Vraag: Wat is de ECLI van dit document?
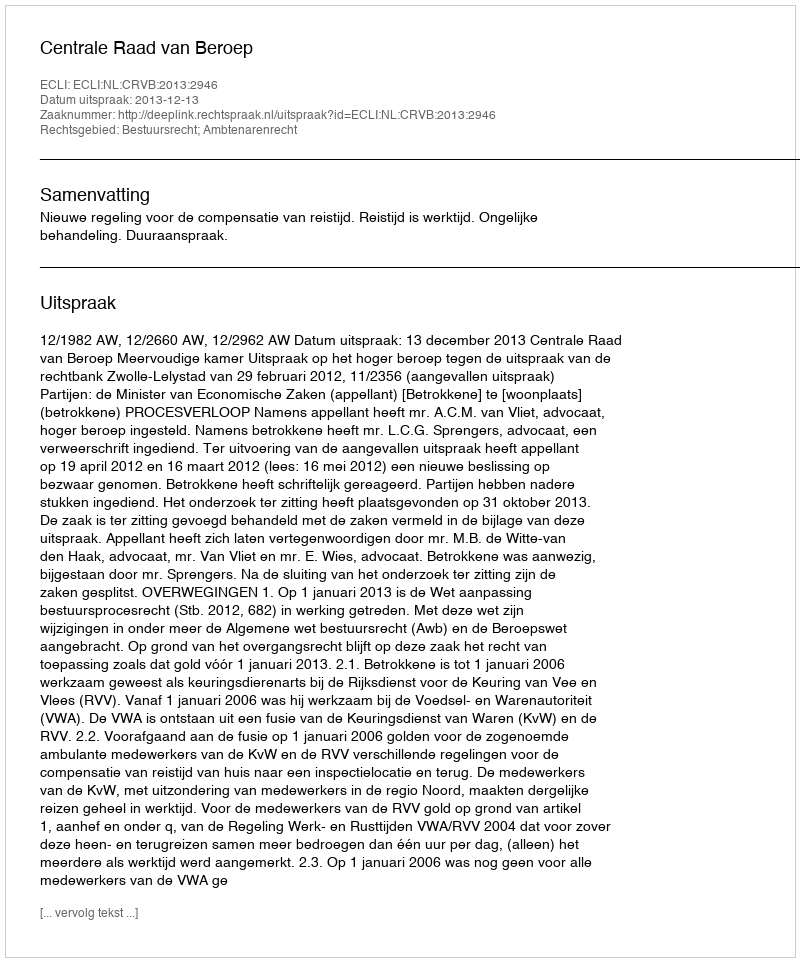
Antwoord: ECLI:NL:CRVB:2013:2946